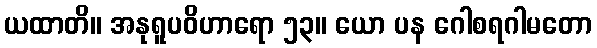
ယထာတိ။ အနုရူပဝိဟာရော ၅၃။ ယော ပန ဂေါစရဂါမတော